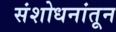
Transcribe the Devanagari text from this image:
संशोधनांतून